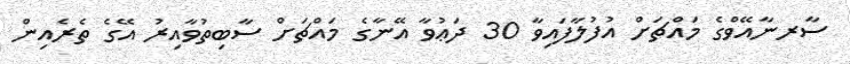
ސާރނާއޭވްގެ މައްޗަށް އުފުލާފައިވާ 30 ދަޢުވާ އޭނާގެ މައްޗަށް ސާބިތުވާއިރު އޭގެ ތެރެއިން